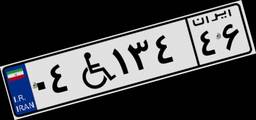
۰۴W۱۳۴۴۶